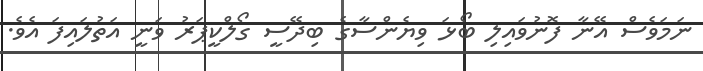
ނަމަވެސް އޭނާ ފޮނުވައިލި ބޯޅަ ވިޔެންސާގެ ބިދޭސީ ގޯލްކީޕަރު ވަނީ އަތުލައިފަ އެވެ.